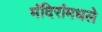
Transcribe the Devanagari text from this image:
मंदिरांमधले